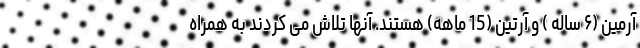
آرمین (۶ ساله ) و آرتین (15 ماهه) هستند. آنها تلاش می کردند به همراه